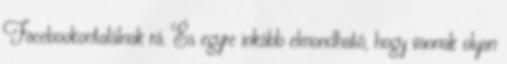
Facebookontalálnak rá. És egyre inkább elmondható, hogy vannak olyan